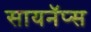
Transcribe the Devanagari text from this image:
सायनॅप्स